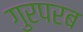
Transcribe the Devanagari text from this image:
गुरपरब